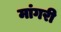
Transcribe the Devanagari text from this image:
मांगरी